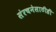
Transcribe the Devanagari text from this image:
संरचनेसाठीही